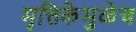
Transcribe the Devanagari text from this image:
मृत्तिकेमुळेच